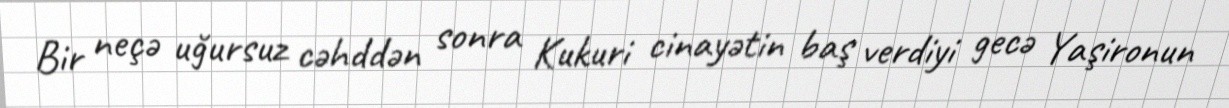
Bir neçə uğursuz cəhddən sonra Kukuri cinayətin baş verdiyi gecə Yaşironun